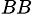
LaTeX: ^{BB}